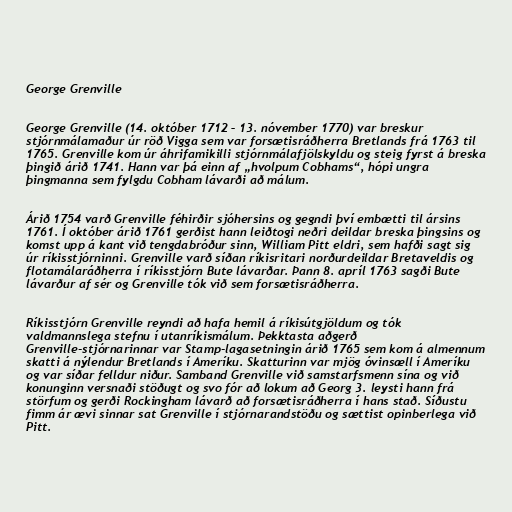
George Grenville

George Grenville (14. október 1712 – 13. nóvember 1770) var breskur
stjórnmálamaður úr röð Vigga sem var forsætisráðherra Bretlands frá 1763 til
1765. Grenville kom úr áhrifamikilli stjórnmálafjölskyldu og steig fyrst á breska
þingið árið 1741. Hann var þá einn af „hvolpum Cobhams“, hópi ungra
þingmanna sem fylgdu Cobham lávarði að málum.

Árið 1754 varð Grenville féhirðir sjóhersins og gegndi því embætti til ársins
1761. Í október árið 1761 gerðist hann leiðtogi neðri deildar breska þingsins og
komst upp á kant við tengdabróður sinn, William Pitt eldri, sem hafði sagt sig
úr ríkisstjórninni. Grenville varð síðan ríkisritari norðurdeildar Bretaveldis og
flotamálaráðherra í ríkisstjórn Bute lávarðar. Þann 8. apríl 1763 sagði Bute
lávarður af sér og Grenville tók við sem forsætisráðherra.

Ríkisstjórn Grenville reyndi að hafa hemil á ríkisútgjöldum og tók
valdmannslega stefnu í utanríkismálum. Þekktasta aðgerð
Grenville-stjórnarinnar var Stamp-lagasetningin árið 1765 sem kom á almennum
skatti á nýlendur Bretlands í Ameríku. Skatturinn var mjög óvinsæll í Ameríku
og var síðar felldur niður. Samband Grenville við samstarfsmenn sína og við
konunginn versnaði stöðugt og svo fór að lokum að Georg 3. leysti hann frá
störfum og gerði Rockingham lávarð að forsætisráðherra í hans stað. Síðustu
fimm ár ævi sinnar sat Grenville í stjórnarandstöðu og sættist opinberlega við
Pitt.